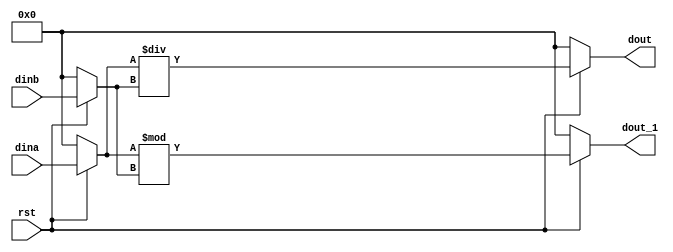
`timescale 1ns/1ps

module division(
		input rst,
		input signed [15:0] dina,
		input signed [15:0] dinb,
		output signed [15:0] dout,
		output signed [15:0] dout_1	
);
reg signed [15:0] dina_reg;
reg signed [15:0] dinb_reg;
reg signed [15:0] dout_quotient_reg;
reg signed [15:0] dout_remainder_reg;
//
always@(*)
begin
		if(!rst)
			begin
				dina_reg<=0;
				dinb_reg<=0;
			end
		else
			begin	
				dina_reg<=dina;
				dinb_reg<=dinb;
			end
end

always@(*)
begin
	if(!rst)
		begin
			dout_quotient_reg<=0;
			dout_remainder_reg<=0;
		end
	else
		begin
			dout_quotient_reg<=dina_reg/dinb_reg;
			dout_remainder_reg<=dina_reg%dinb_reg;
		end
end

assign dout=dout_quotient_reg;
assign dout_1=dout_remainder_reg;

endmodule